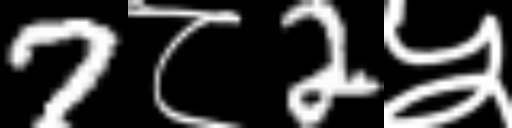
Text: 7८2५